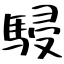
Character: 駸